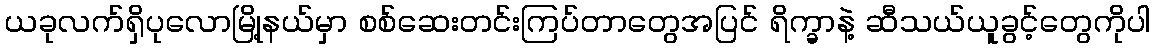
ယခုလက်ရှိပုလောမြို့နယ်မှာ စစ်ဆေးတင်းကြပ်တာတွေအပြင် ရိက္ခာနဲ့ ဆီသယ်ယူခွင့်တွေကိုပါ